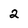
Character: 2